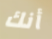
أنك